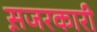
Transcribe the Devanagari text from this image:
स़जरकारी